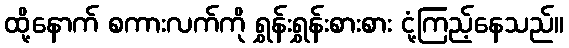
ထို့နောက် စကားလက်ကို ရွှန်းရွှန်းစားစား ငုံ့ကြည့်နေသည်။